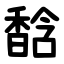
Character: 馠